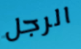
الرجل